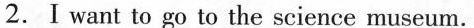
2.Ⅰwant to go to the science museum.